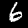
Digit: 6